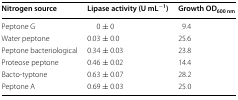
<table><thead><tr><td><b>Nitrogen source</b></td><td><b>Lipase activity (U mL<sup>−1</sup>)</b></td><td><b>Growth OD<sub>600 nm</sub></b></td></tr></thead><tbody><tr><td>Peptone G</td><td>0 ± 0</td><td>9.4</td></tr><tr><td>Water peptone</td><td>0.03 ± 0.0</td><td>25.6</td></tr><tr><td>Peptone bacteriological</td><td>0.34 ± 0.03</td><td>23.8</td></tr><tr><td>Proteose peptone</td><td>0.46 ± 0.02</td><td>14.4</td></tr><tr><td>Bacto-typtone</td><td>0.63 ± 0.07</td><td>28.2</td></tr><tr><td>Peptone A</td><td>0.69 ± 0.03</td><td>25.0</td></tr></tbody></table>